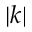
| k |